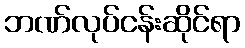
ဘဏ်လုပ်ငန်းဆိုင်ရာ